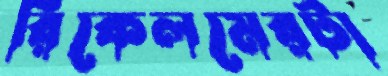
রিকেলমেরটা